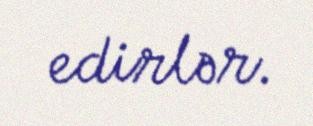
edirlər.